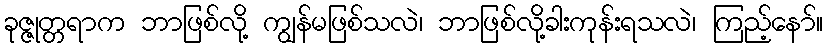
ခုဇ္ဇုတ္တရာက ဘာဖြစ်လို့ ကျွန်မဖြစ်သလဲ၊ ဘာဖြစ်လို့ခါးကုန်းရသလဲ၊ ကြည့်နော်။